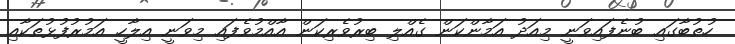
ހުތުބާގައި ބުނެފައިވަނީ މިއަދު އަމާންކަން ގެއްލި ބިރުވެރިކަން އާއްމުވެފައި މިވަނީ އިލާހީ އަމުރުފުޅުތަކާއި